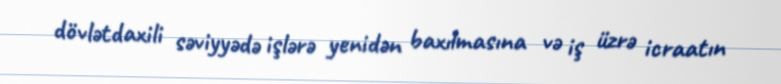
dövlətdaxili səviyyədə işlərə yenidən baxılmasına və iş üzrə icraatın